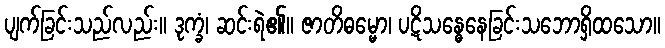
ပျက်ခြင်းသည်လည်း။ ဒုက္ခံ၊ ဆင်းရဲ၏။ ဇာတိဓမ္မော၊ ပဋိသန္ဓေနေခြင်းသဘောရှိထသော။